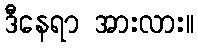
ဒီနေရာ အားလား။